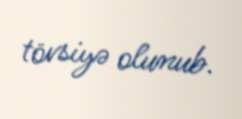
tövsiyə olunub.